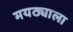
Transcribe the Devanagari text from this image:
मयठ्याला